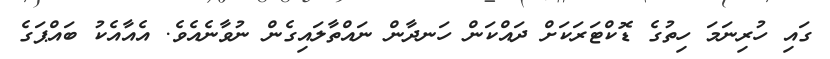
ގައި ހުރިނަމަ ހިތުގެ ޑޮކްޓަރަކަށް ދައްކަން ހަނދާން ނައްތާލައިގެން ނުވާނެއެވެ. އެއާއެކު ބައްޕަގެ